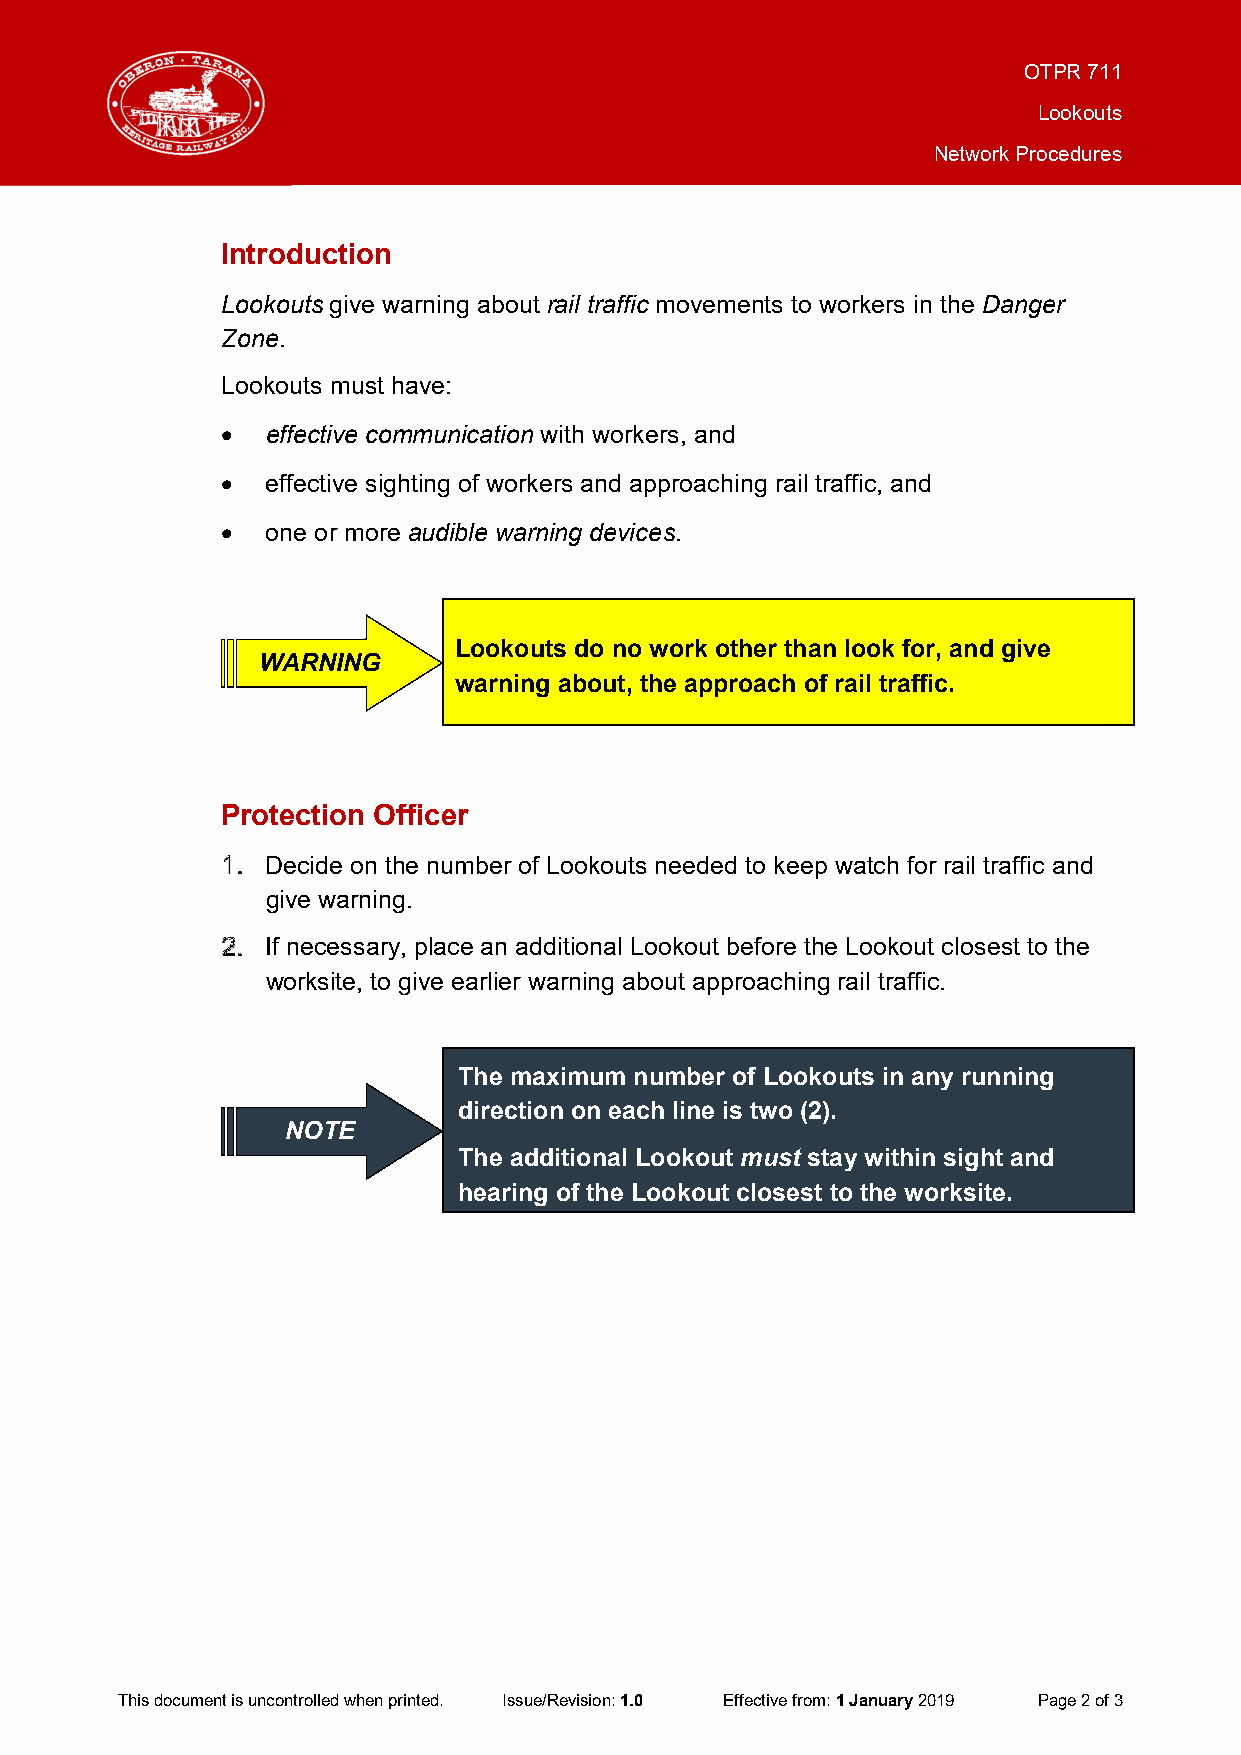
OTPR 711
 Lookouts
 Network Procedures
 Introduction
 Lookouts give warning about rail traffic movements to workers in the Danger
 Zone.
 Lookouts must have:
 •  effective communication with workers, and
 •  effective sighting of workers and approaching rail traffic, and
 •  one or more audible warning devices.
 Lookouts do no work other than look for, and give
 WARNING
 warning about, the approach of rail traffic.
 Protection Officer
 Decide on the number of Lookouts needed to keep watch for rail traffic and
 give warning.
 If necessary, place an additional Lookout before the Lookout closest to the
 worksite, to give earlier warning about approaching rail traffic.
 The maximum number of Lookouts in any running
 direction on each line is two (2).
 NOTE
 The additional Lookout must stay within sight and
 hearing of the Lookout closest to the worksite.
 This document is uncontrolled when printed. Issue/Revision: 1.0 Effective from: 1 January 2019 Page 2 of 3